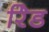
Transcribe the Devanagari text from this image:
रेिड